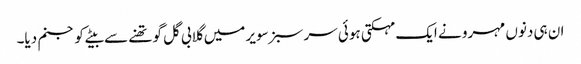
ان ہی دنوں مہرو نے ایک مہکتی ہوئی سر سبز سویر میں گلابی گل گو تھنے سے بیٹے کو جنم دیا۔